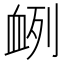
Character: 𮕠